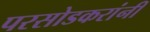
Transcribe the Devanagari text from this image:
परसोडकरांनी